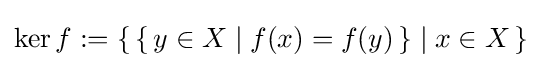
\operatorname {ker} f:=\left\{\,\left\{\,y\in X\mid f(x)=f(y)\,\right\}\mid x\in X\,\right\}